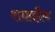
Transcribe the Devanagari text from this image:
शाहझैब